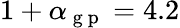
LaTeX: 1+\alpha_{\mathrm{~g~p~}}=4.2